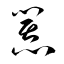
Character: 囂